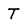
Character: T